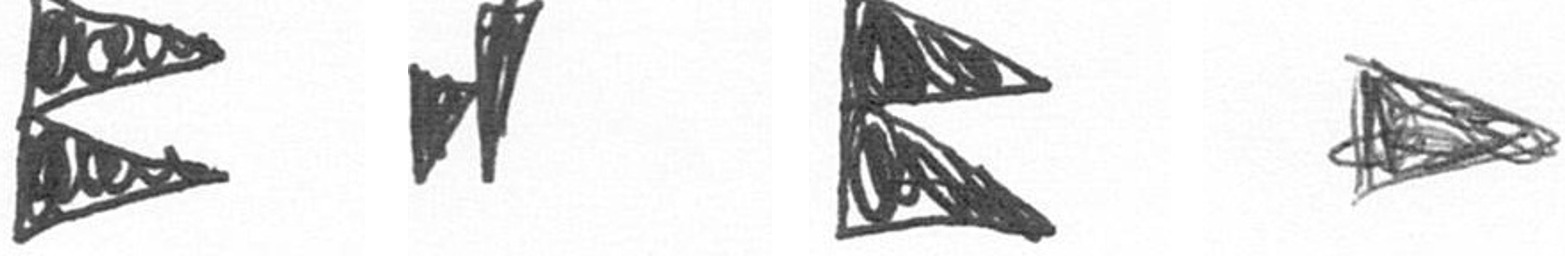
P M P T